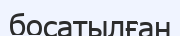
босатылған